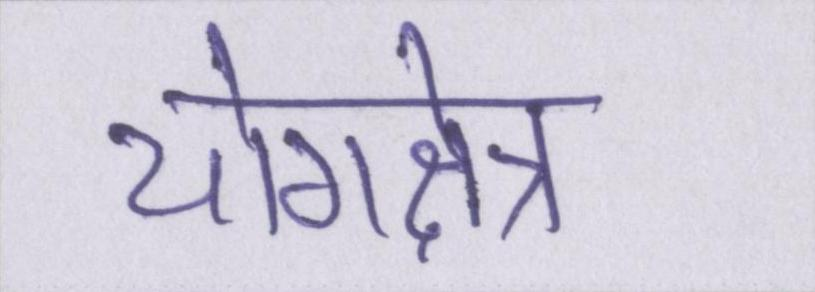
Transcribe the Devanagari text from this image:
योगक्षेत्र